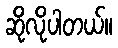
ဆိုလိုပါတယ်။